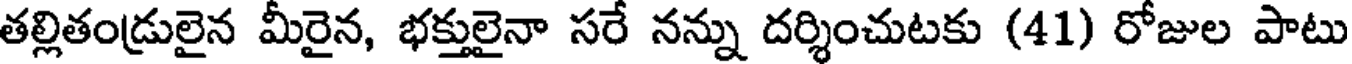
తల్లితండ్రులైన మీరైన, భక్తులైనా సరే నన్ను దర్శించుటకు (41) రోజుల పాటు